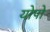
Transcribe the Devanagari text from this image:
योपो